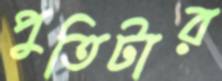
পুতিটার